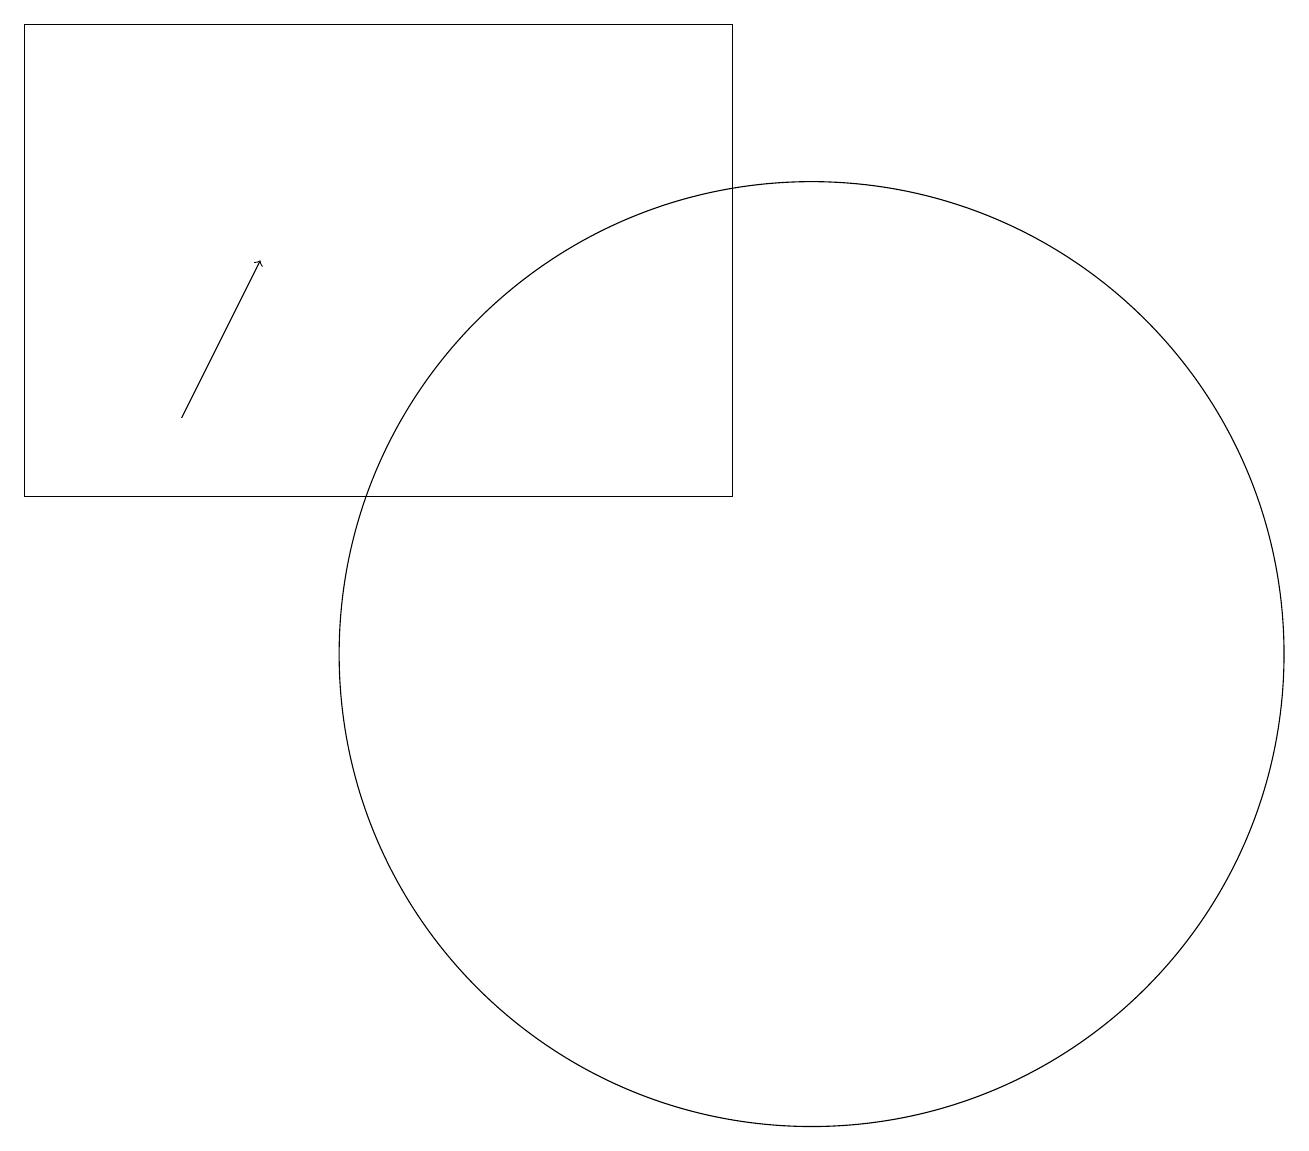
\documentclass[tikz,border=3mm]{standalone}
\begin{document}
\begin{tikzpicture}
\draw (10,10) circle (6);
\draw[->] (2,13) -- (3,15);
\draw (0,12) rectangle (9,18);
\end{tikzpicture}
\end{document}